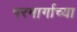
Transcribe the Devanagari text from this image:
परमार्गाच्या